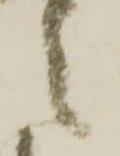
之